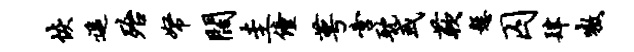
恢遥殆帑阔圭僮萼啻耽或蔌悬囚肆嗷